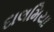
દાલમિયા